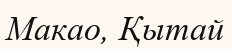
Макао, Қытай